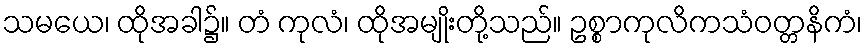
သမယေ၊ ထိုအခါ၌။ တံ ကုလံ၊ ထိုအမျိုးတို့သည်။ ဥစ္စာကုလိကသံဝတ္တနိကံ၊